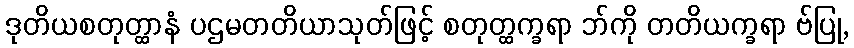
ဒုတိယစတုတ္ထာနံ ပဌမတတိယာသုတ်ဖြင့် စတုတ္ထက္ခရာ ဘ်ကို တတိယက္ခရာ ဗ်ပြု,